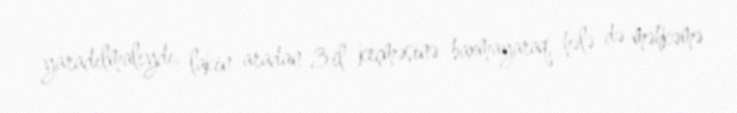
yaradılmalıydı, lakin aradan 3 il keçməsinə baxmayaraq, hələ də məhkəmə